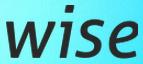
wise